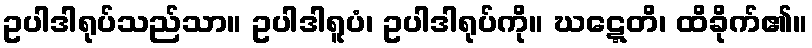
ဥပါဒါရုပ်သည်သာ။ ဥပါဒါရူပံ၊ ဥပါဒါရုပ်ကို။ ဃဋ္ဋေတိ၊ ထိခိုက်၏။